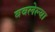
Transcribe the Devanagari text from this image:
बवलेल्या